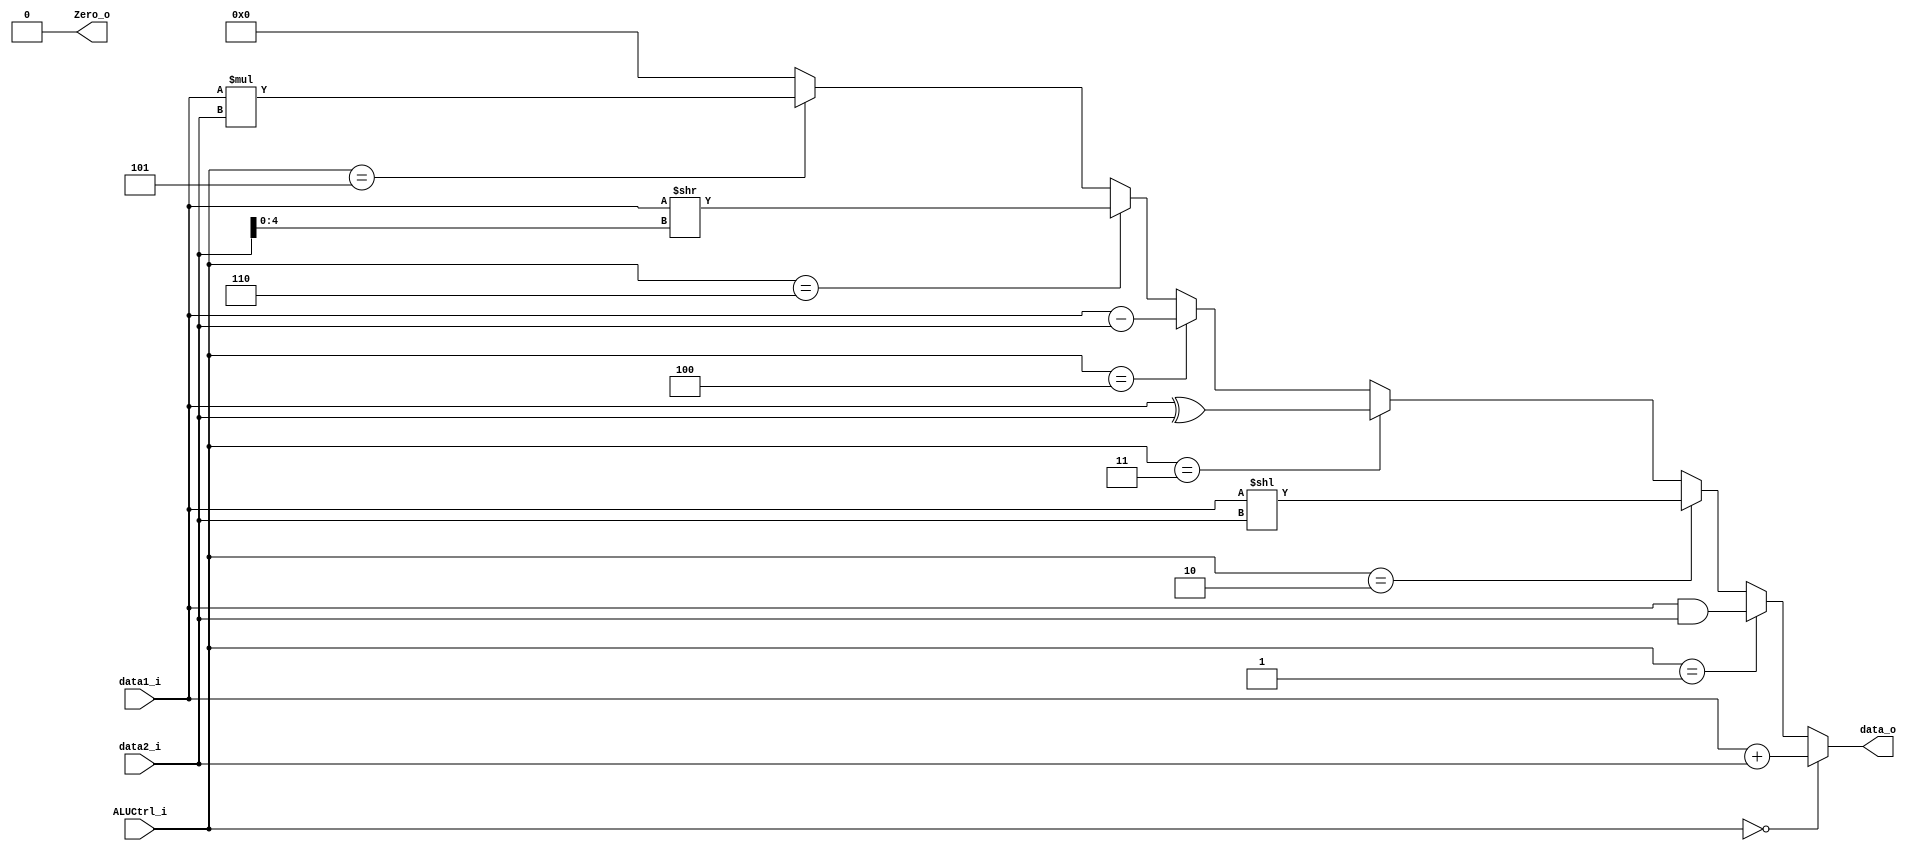
module ALU(
    data1_i,
    data2_i,
    ALUCtrl_i,
    data_o,
    Zero_o
);
input   [31:0]  data1_i;
input   [31:0]  data2_i;
input   [2:0]   ALUCtrl_i;
output  [31:0]  data_o;
output          Zero_o;
assign	data_o = (ALUCtrl_i == 3'b000)?	data1_i + data2_i : //add addi
				 (ALUCtrl_i == 3'b001)?	data1_i & data2_i : //and
				 (ALUCtrl_i == 3'b010)?	data1_i << data2_i : //sll
                 (ALUCtrl_i == 3'b011)?	data1_i ^ data2_i : //xor
                 (ALUCtrl_i == 3'b100)?	data1_i - data2_i : //sub
				 (ALUCtrl_i == 3'b110)?	data1_i >> data2_i[4:0] : //srai
				 (ALUCtrl_i == 3'b101)?	data1_i * data2_i : //mul

				 32'd0;

assign	Zero_o = 1'b0;
/*
fuction     opcode    ALUop     ALUsrc     ALUCtrl
and         0110011     10        0         001
xor         0110011     10        0         011
sll         0110011     10        0         010
add         0110011     10        0         000
sub         0110011     10        0         100
mul         0110011     10        0         101
addi        0010011     00        1         000
srai        0010011     00        1         110
*/
endmodule